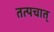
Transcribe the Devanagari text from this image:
तत्पचात्